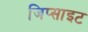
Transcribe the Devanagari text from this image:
जिप्साइट